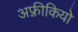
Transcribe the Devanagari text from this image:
अफ़्रीकियो